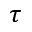
\tau